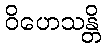
ဝိဟေသန္တိ